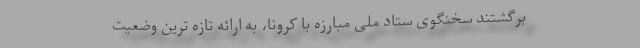
برگشتند سخنگوی ستاد ملی مبارزه با کرونا، به ارائه تازه ترین وضعیت